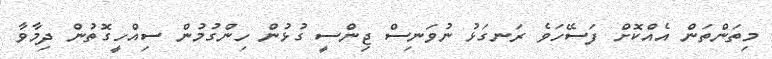
މިތަންތަން އެއްކޮށް ފަސޭހަވެ ރަނގަޅު ނުވަނިސް ޖިންސީ ގުޅުން ހިންގުމުން ސިއްހީގޮތުން ދިމާވާ